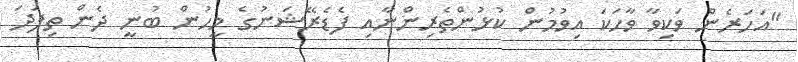
"އަހަރެން ވަކިވާ ވާހަކަ އިވުމުން ކުޅުންތެރިންނާއި ފެޑެރޭޝަނުގެ މީހުން ބުނީ ދެން ތިފަދަ